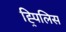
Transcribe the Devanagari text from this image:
ह्र्पिलिस